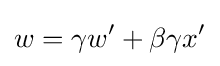
w=\gamma w'+\beta \gamma x'